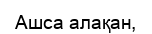
Ашса алақан,